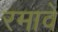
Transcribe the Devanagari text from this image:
रमावे